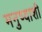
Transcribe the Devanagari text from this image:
मनुष्याशी